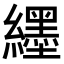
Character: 纆